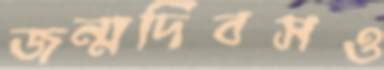
জন্মদিবসও